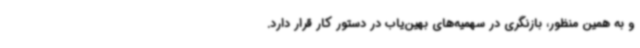
و به همین منظور، بازنگری در سهمیه‌های بهین‌یاب در دستور کار قرار دارد.